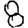
Digit: 8